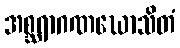
အစ္ဆရာဂဏဃောသိတံ